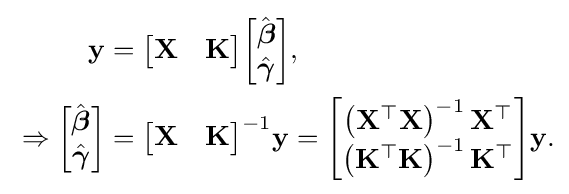
{\begin{aligned}\mathbf {y} &={\begin{bmatrix}\mathbf {X} &\mathbf {K} \end{bmatrix}}{\begin{bmatrix}{\hat {\boldsymbol {\beta }}}\\{\hat {\boldsymbol {\gamma }}}\end{bmatrix}},\\{}\Rightarrow {\begin{bmatrix}{\hat {\boldsymbol {\beta }}}\\{\hat {\boldsymbol {\gamma }}}\end{bmatrix}}&={\begin{bmatrix}\mathbf {X} &\mathbf {K} \end{bmatrix}}^{-1}\mathbf {y} ={\begin{bmatrix}\left(\mathbf {X} ^{\top }\mathbf {X} \right)^{-1}\mathbf {X} ^{\top }\\\left(\mathbf {K} ^{\top }\mathbf {K} \right)^{-1}\mathbf {K} ^{\top }\end{bmatrix}}\mathbf {y} .\end{aligned}}